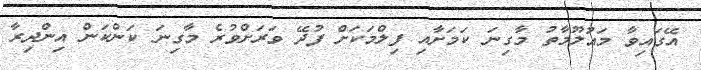
އޭގައިވާ މައުލޫމާތު މާގިނަ ކަމަށާއި ފިލްމަކަށް ފުދޭ ވަރަށްވުރެ މާގިނަ ކަންކަން އިންދިރާ